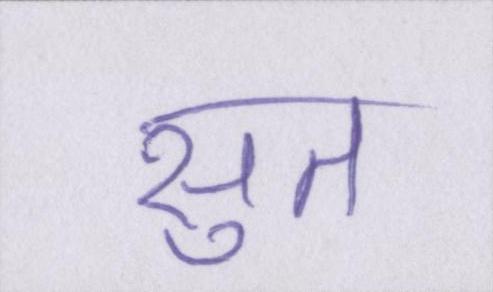
सुत